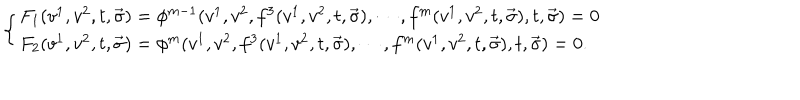
\left\{ \begin{array} { l } { { F _ { 1 } ( v ^ { 1 } , v ^ { 2 } , t , \vec { \sigma } ) = \phi ^ { m - 1 } ( v ^ { 1 } , v ^ { 2 } , f ^ { 3 } ( v ^ { 1 } , v ^ { 2 } , t , \vec { \sigma } ) , \cdots , f ^ { m } ( v ^ { 1 } , v ^ { 2 } , t , \vec { \sigma } ) , t , \vec { \sigma } ) = 0 } } \\ { { F _ { 2 } ( v ^ { 1 } , v ^ { 2 } , t , \vec { \sigma } ) = \phi ^ { m } ( v ^ { 1 } , v ^ { 2 } , f ^ { 3 } ( v ^ { 1 } , v ^ { 2 } , t , \vec { \sigma } ) , \cdots , f ^ { m } ( v ^ { 1 } , v ^ { 2 } , t , \vec { \sigma } ) , t , \vec { \sigma } ) = 0 . } } \\ \end{array} \right.